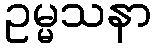
ဥမ္မသနာ